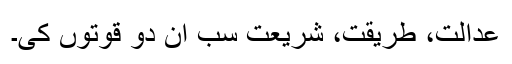
عدالت، طریقت، شریعت سب اِن دو قوتوں کی۔